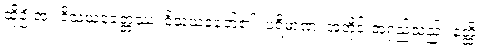
ဆိုဦးအံ့။ ဝိသယခေတ္တဿ၊ ဝိသယခေတ်၏။ ပရိမာဏံ၊ အတိုင်းအရှည်သည်။ နတ္ထိ၊